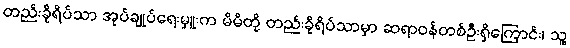
တည်းခိုရိပ်သာ အုပ်ချုပ်ရေးမှူးက မိမိတို့ တည်းခိုရိပ်သာမှာ ဆရာဝန်တစ်ဦးရှိကြောင်း၊ သူ့